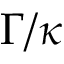
\Gamma / \protect \kappa